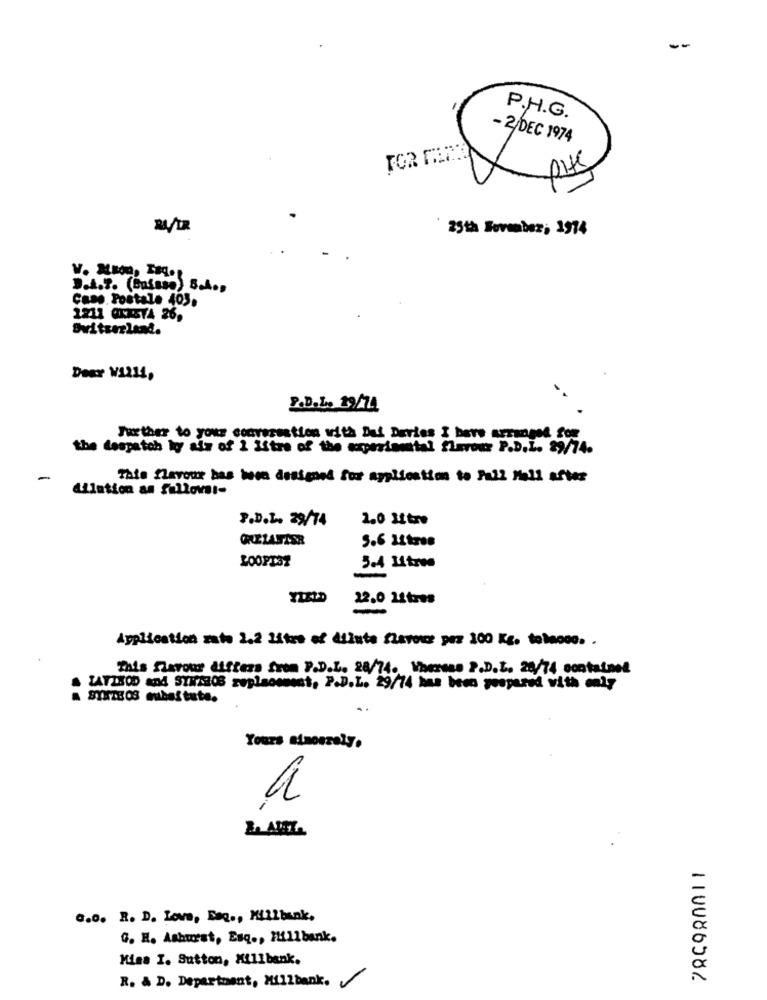
P.H.G.
- 2/DEC 1974
25th Sevenbez; 1974
3.A.7. (Buisse) 5.4 .,
Cass. Postale 403.
2211 OKISTA 26,
Switzerland.
Deer W12li,
P.D.L. 19/11
Jur ther to your conversation with Daf Deries I bare arranged for
the despatch ky als of 1 litre of the experimental flerour P.D.I. 29/74.
-
This flavour has been designed for application to Pall Mall after
dilution an fallovi-
P.D.L. 29/74
2.0 12tre
5.6 Litros
LOOPT37
5.4 14tree
22.0 12tres
Application mate 2.2 Litre of dilute flavor per 100 Kg. tobacco. .
This Slarour differs from P.D.L. 28/74. Whereas P.D.L. 28/74 containel
TATLIOD and STWA308 zeplacement, P.D.L. 29/74 has been yospared with only
SYNTE OS cuibastate.
Yours ainosrely.
a
G.o. R. D. Love, Faq ., Millbank.
G. H. Ashurst, Esq ., Hillbank.
Misa I. Sutton, Millbank.
R. & D. Department, Millbank.